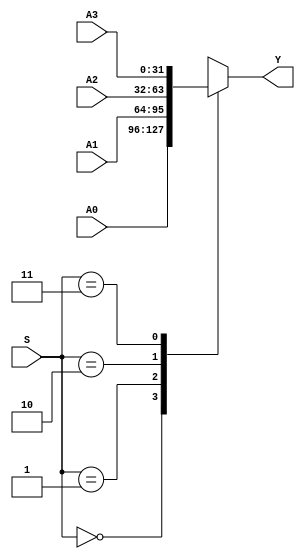
//PCadd4?PC+4????????
//0????????
//mux4x32_2?beq?bne????????????
//InstL2?J????????????
//Pcsrc??????????????????
//Result??????????

`timescale 1ns / 1ps


// 4 in 32 out Multiplexer
module MUX4X32 (A0, A1, A2, A3, S, Y);
input [31:0] A0, A1, A2, A3;//input 4 address
input [1:0] S;//selector
output [31:0] Y;

function [31:0] select;
input [31:0] A0, A1, A2, A3;
input [1:0] S;
case(S)
2'b00: select = A0;
2'b01: select = A1;
2'b10: select = A2;
2'b11: select = A3;
endcase
endfunction//define function

assign Y = select (A0, A1, A2, A3, S);//assign ouput

endmodule